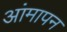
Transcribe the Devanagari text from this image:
आंमापन